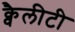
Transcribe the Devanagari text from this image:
क्वैलीटी